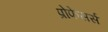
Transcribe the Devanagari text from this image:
प्रोफेसर्स